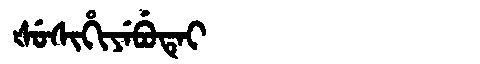
Manchu: ᡧᡠᠰᡳᡥᡳᠶᡝᠪᡠᡨᡝᡳ
Romanization: ŠUSIHIYEBUTEI